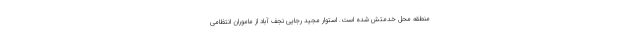
منطقه محل خدمتش شده است. استوار مجید رجایی نجف آباد از ماموران انتظامی